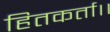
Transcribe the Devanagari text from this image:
हितकर्ता।।